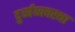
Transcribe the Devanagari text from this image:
दुर्व्यव्यवस्था